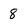
Character: 8